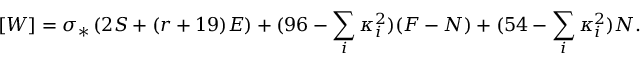
[ W ] = \sigma _ { * } \left( 2 S + ( r + 1 9 ) E \right) + ( 9 6 - \sum _ { i } \kappa _ { i } ^ { 2 } ) ( F - N ) + ( 5 4 - \sum _ { i } \kappa _ { i } ^ { 2 } ) N .